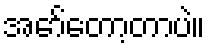
အော်တော့တာပဲ။